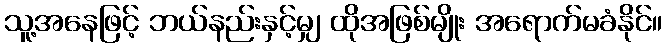
သူ့အနေဖြင့် ဘယ်နည်းနှင့်မျှ ထိုအဖြစ်မျိုး အရောက်မခံနိုင်။